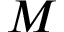
M